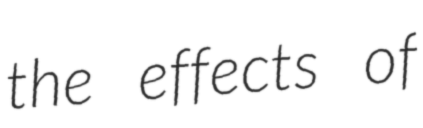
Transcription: the effects of